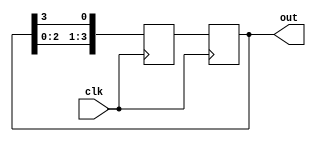
module ring_counter (
    input wire clk,   // Clock input
    output reg [3:0] out // Output of the ring counter
);

reg [3:0] next_state;

always @(posedge clk) begin
    next_state <= {out[2:0], out[3]};
    out <= next_state;
end

endmodule